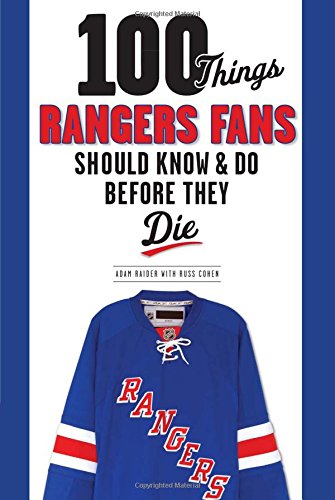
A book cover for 100 Things Rangers Fans Should Know & Do Before They Die (100 Things...Fans Should Know); Adam Raider; Sports & Outdoors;